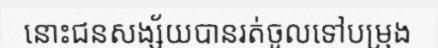
នោះជនសង្ស័យបានរត់ចូលទៅបម្រុង